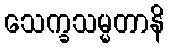
သေက္ခသမ္မတာနိ